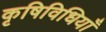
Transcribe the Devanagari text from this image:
कृषिविधियाँ